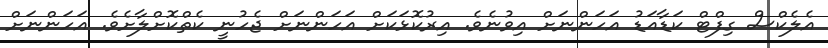
އެލެކްސް ގިފްޓް ކަޑާއަޑު އަހަންނަށް އިވުނެވެ. އިރުކޮޅަކަށް އަހަންނަށް ޖެހުނީ ކެތްކޮށްލާށެވެ. އަހަންނަށް